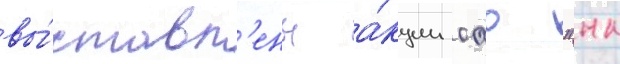
вы́ставл'ены а́кции оао "нк